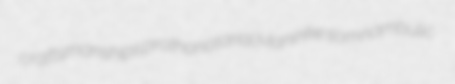
craftsmanships prothonotarial Maninke somnambulic